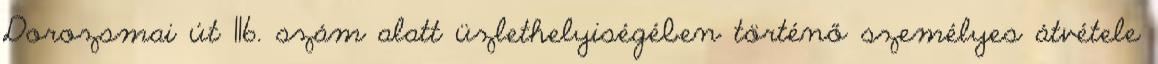
Dorozsmai út 116. szám alatt üzlethelyiségében történő személyes átvétele